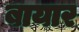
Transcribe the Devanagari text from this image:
बायार